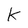
Character: K